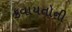
કવાયતોની